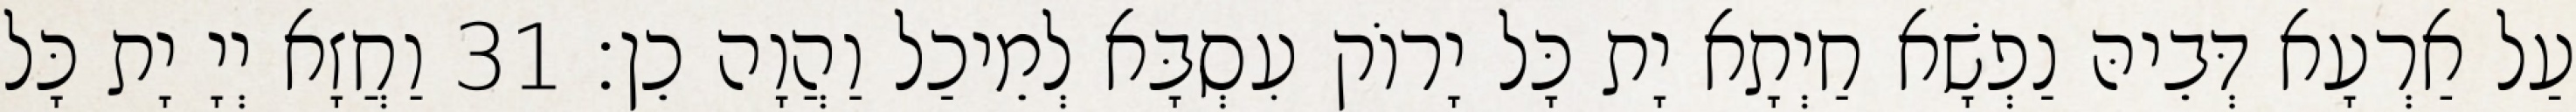
עַל אַרְעָא דְּבֵיהּ נַפְשָׁא חַיְתָא יָת כָּל יָרוֹק עִסְבָּא לְמֵיכַל וַהֲוָה כֵן׃ 31 וַחֲזָא יְיָ יָת כָּל